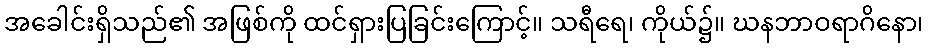
အခေါင်းရှိသည်၏ အဖြစ်ကို ထင်ရှားပြခြင်းကြောင့်။ သရီရေ၊ ကိုယ်၌။ ဃနဘာဝရာဂိနော၊